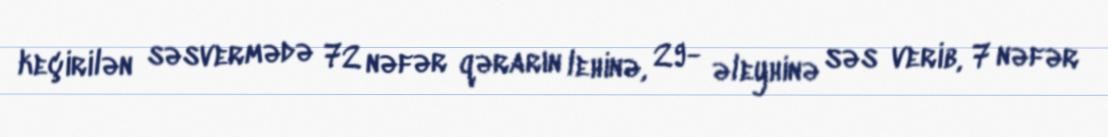
keçirilən səsvermədə 72 nəfər qərarın lehinə, 29- əleyhinə səs verib, 7 nəfər